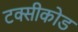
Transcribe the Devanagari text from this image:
टक्सीकोड